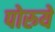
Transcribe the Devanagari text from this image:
पोरुये